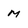
Character: m